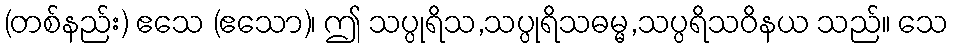
(တစ်နည်း) ဧသေ (ဧသော)၊ ဤ သပ္ပုရိသ,သပ္ပုရိသဓမ္မ,သပ္ပရိသဝိနယ သည်။ သေ